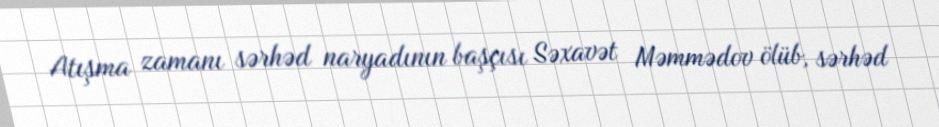
Atışma zamanı sərhəd naryadının başçısı Səxavət Məmmədov ölüb, sərhəd